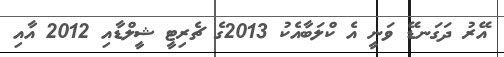
އޭރު ދަގަނޑޭ ވަނީ އެ ކްލަބާއެކު 2013ގެ ޗެރިޓީ ޝީލްޑާއި 2012 އާއި